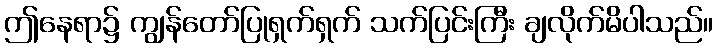
ဤနေရာ၌ ကျွန်တော်ပြုရှက်ရှက် သက်ပြင်းကြီး ချလိုက်မိပါသည်။